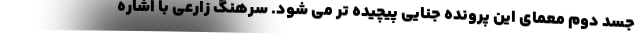
جسد دوم معمای این پرونده جنایی پیچیده تر می شود. سرهنگ زارعی با اشاره